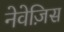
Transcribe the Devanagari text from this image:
नेवेज़िस